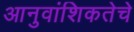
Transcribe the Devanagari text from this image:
आनुवांशिकतेचे